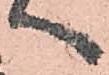
へ